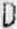
D